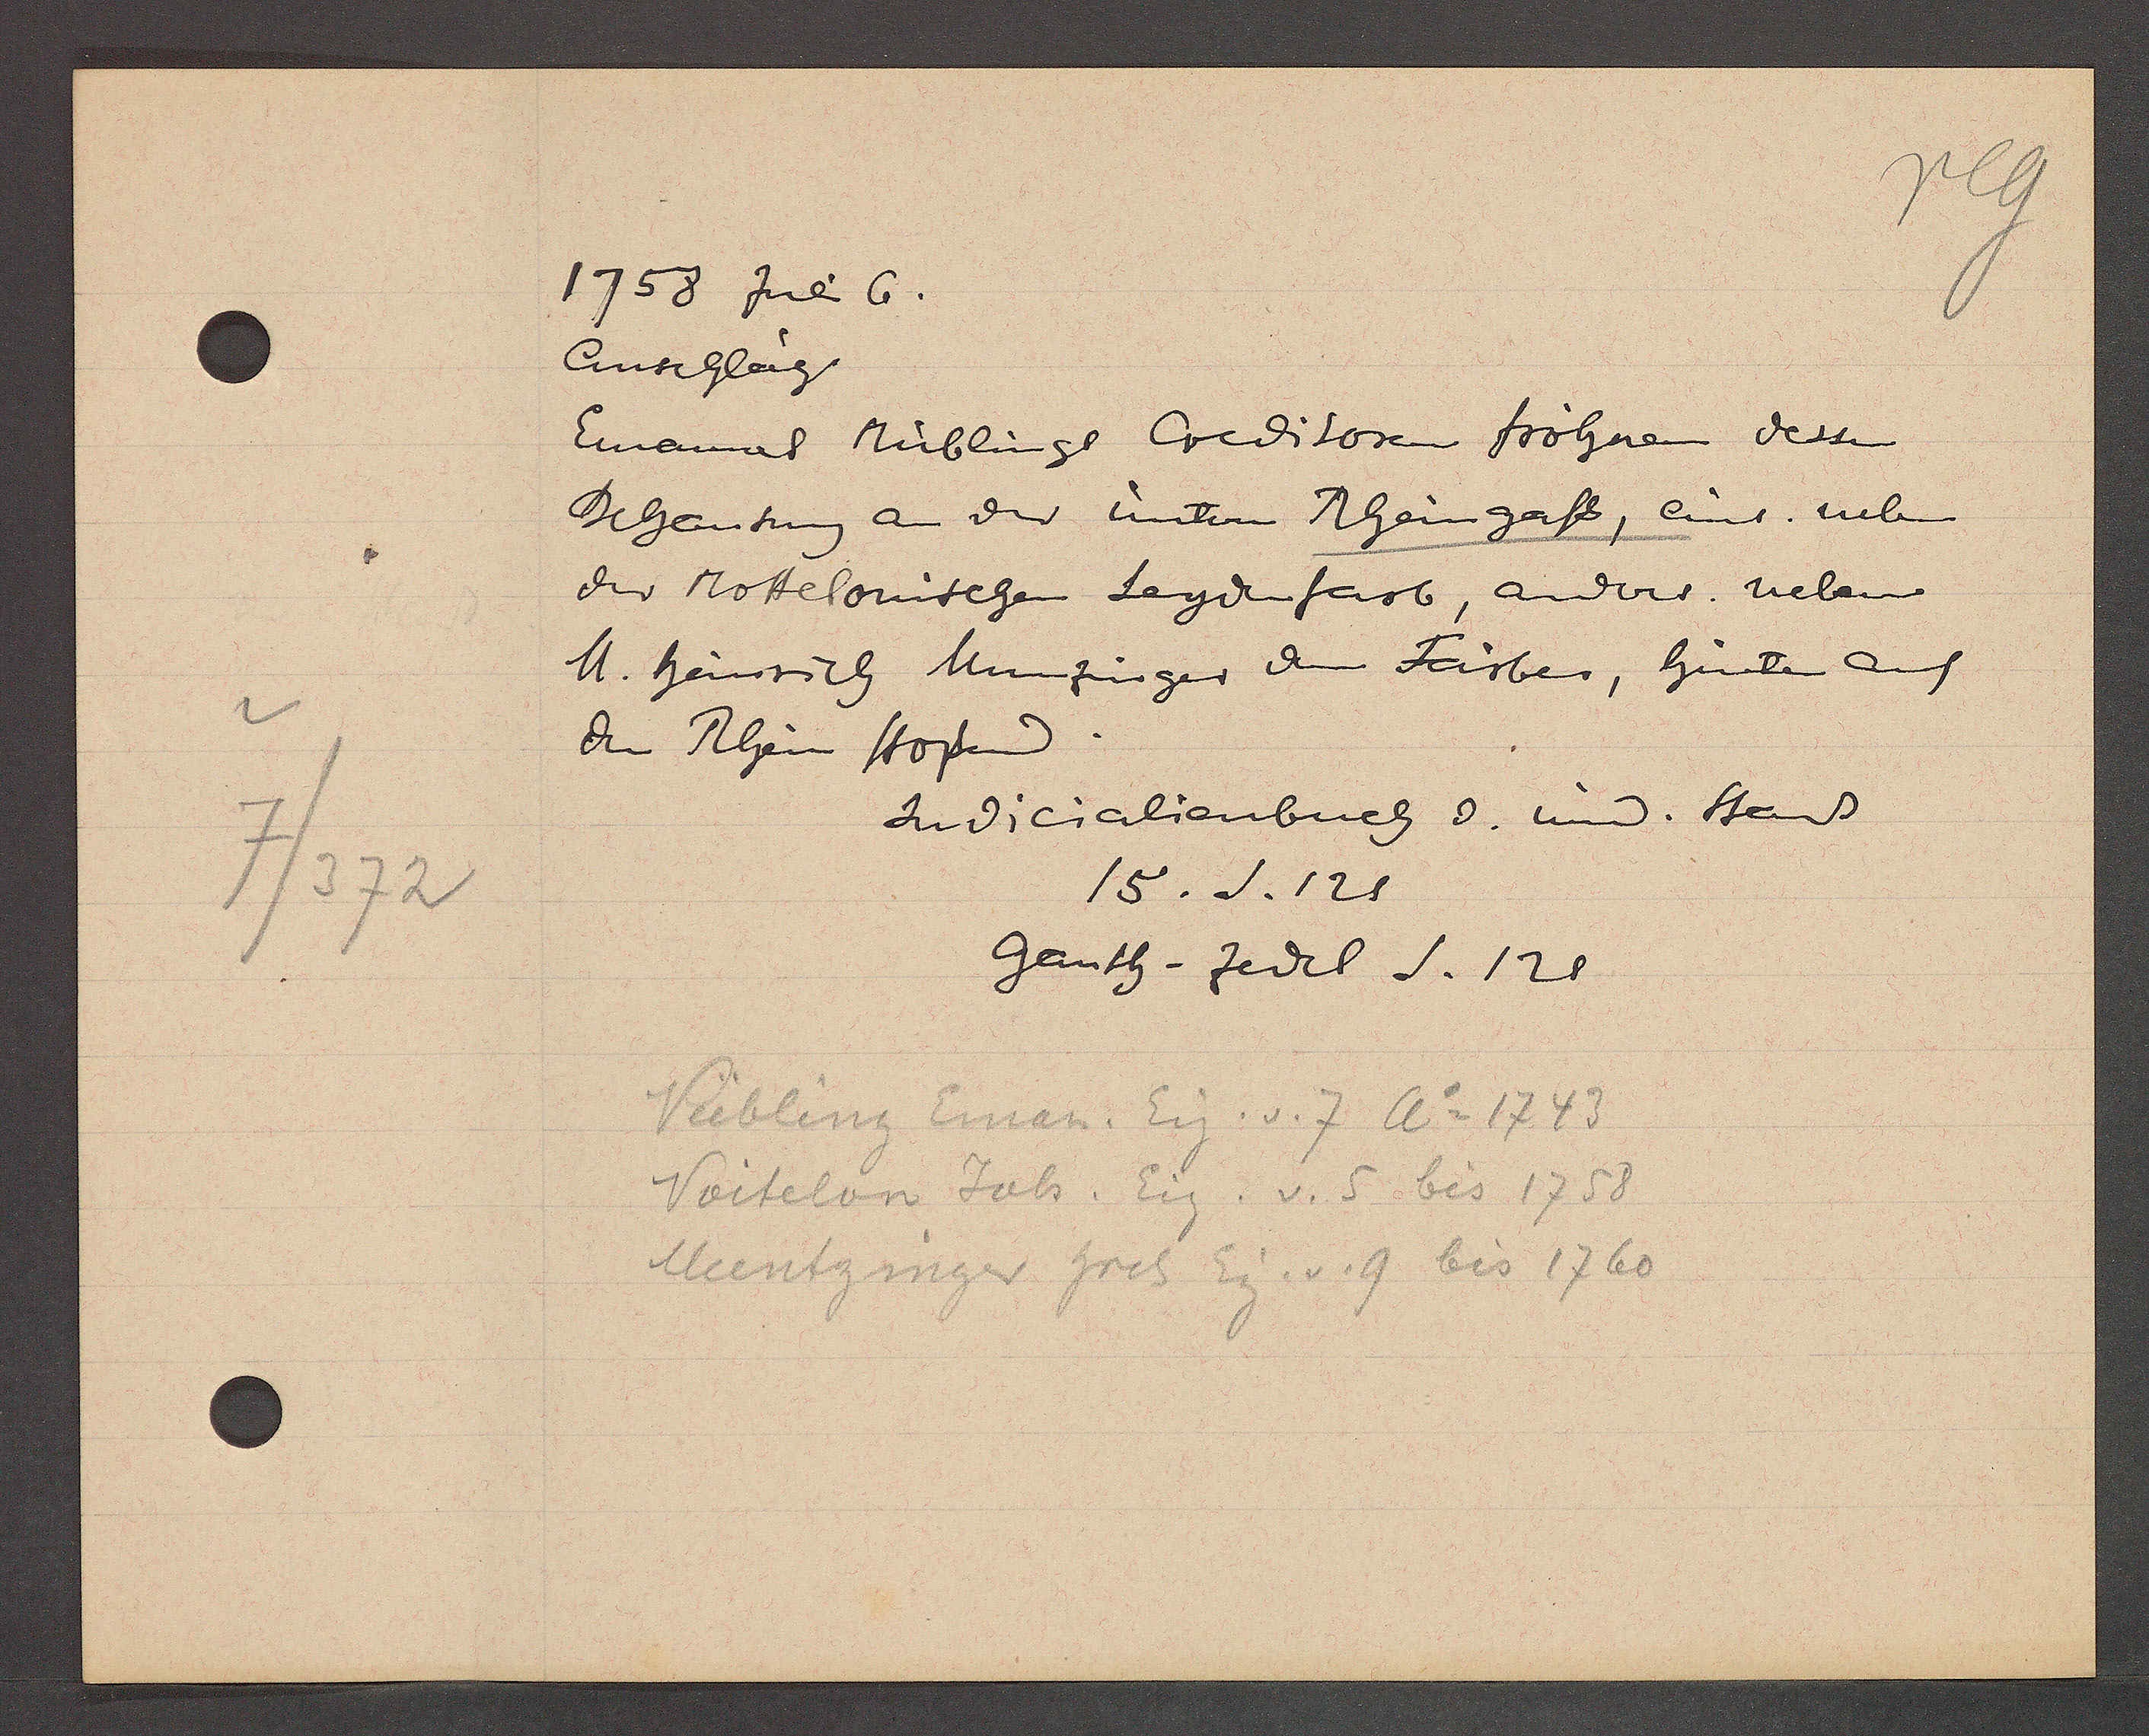
Transcript:
7/372

1758 Juli 6.

Anschlag
Emanuel Nüblings Creditoren fröhnen dessen
Behausung an der unterren Rheingass, eins. neben
der Mottelonischen Seydenfarb, anders. neben
M. heinrich Munzinzer dem Färber, hinten auf
den Rhein stossend.

Judicialienbuch d. mind. Stad
15. S. 121
ganth - Zedel S. 128

Vübling Einan. Eig. v. 7 Ao 1743
Voitelon Joh. Eig. v. 5 bis 1758
Muntzinger hrch Eig.v. 9 bis 1760